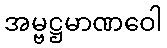
အမ္ဗဋ္ဌမာဏဝေါ